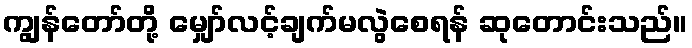
ကျွန်တော်တို့ မျှော်လင့်ချက်မလွဲစေရန် ဆုတောင်းသည်။